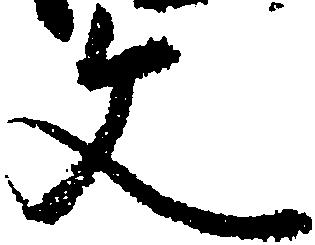
文